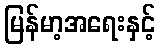
မြန်မာ့အရေးနှင့်